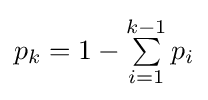
{\textstyle p_{k}=1-\sum \limits _{i=1}^{k-1}p_{i}}